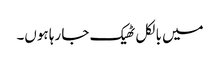
میں بالکل ٹھیک جا رہا ہوں۔